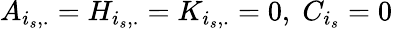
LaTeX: A_{i_{s},.}=H_{i_{s},.}=K_{i_{s},.}=0,\; C_{i_{s}}=0